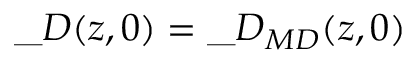
\_ D ( z , 0 ) = \_ D _ { \/ { M D } } ( z , 0 )